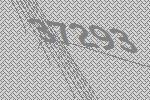
37293